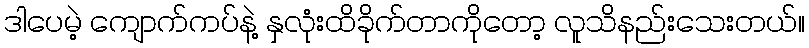
ဒါပေမဲ့ ကျောက်ကပ်နဲ့ နှလုံးထိခိုက်တာကိုတော့ လူသိနည်းသေးတယ်။